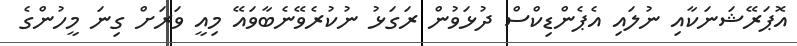
އޮޕަރޭޝަނަކާއި ނުލައި އެޕެންޑިކްސް ދުޅަވުން ރަގަޅު ނުކުރެވޭނެބާވައޭ މިއީ ވަރަށް ގިނަ މީހުންގެ